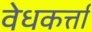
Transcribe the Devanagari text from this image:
वेधकर्त्ता